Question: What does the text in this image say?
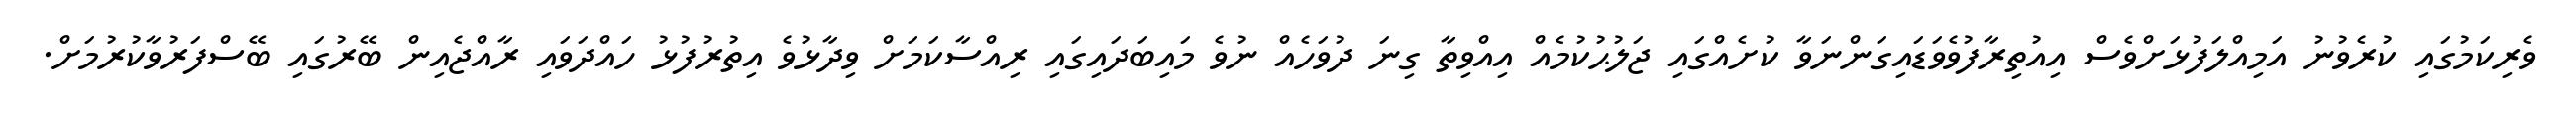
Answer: ވެރިކަމުގައި ކުރެވުނު އަމިއްލަފުޅަށްވެސް އިއުތިރާފުވެވަޑައިގަންނަވާ ކުށެއްގައި ޖަލުޙުކުމެއް އިއްވިތާ ގިނަ ދުވަހެއް ނުވެ މައިބަދައިގައި ރިއްސާކަމަށް ވިދާޅުވެ އިތުރުފުޅު ހައްދަވައި ރާއްޖެއިން ބޭރުގައި ބޭސްފަރުވާކުރުމަށް.